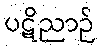
ပဋိညာဉ်